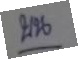
บน